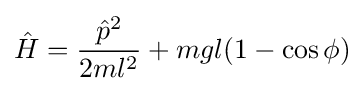
{\hat {H}}={\frac {{\hat {p}}^{2}}{2ml^{2}}}+mgl(1-\cos \phi )